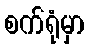
စက်ရုံမှာ